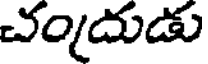
చందుడు